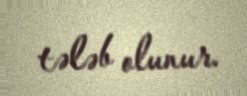
tələb olunur.